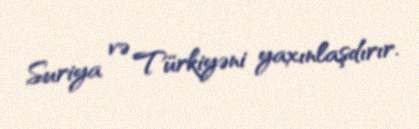
Suriya və Türkiyəni yaxınlaşdırır.